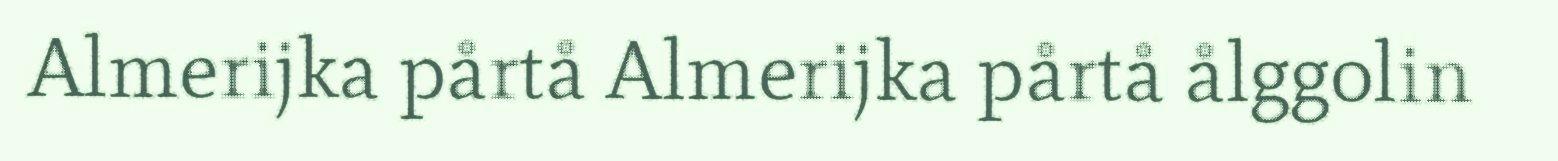
Almerijka pårtå Almerijka pårtå ålggolin